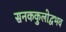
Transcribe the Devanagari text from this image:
सनककुलोद्वभव